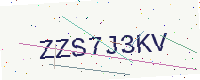
Text: ZZS7J3KV